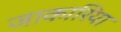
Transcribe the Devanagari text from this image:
जाकारिया